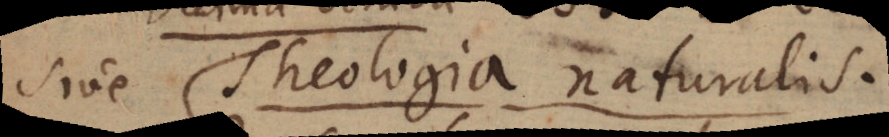
sive Theologia naturalis.